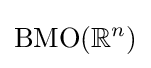
\operatorname {BMO} (\mathbb {R} ^{n})